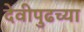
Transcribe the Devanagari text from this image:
देवीपुढच्या